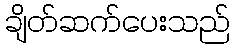
ချိတ်ဆက်ပေးသည်